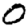
Digit: 0